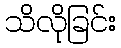
သိလိုခြင်း